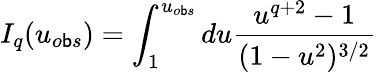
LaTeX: I_{q}(u_{o\mathsf{b}s})=\int_{1}^{u_{o\mathsf{b}s}}du\frac{{u^{q+2}-1}}{{(1-u^{2})^{3/2}}}